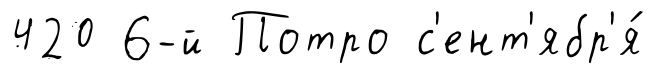
420 6-й Потро с'ент'ябр'я́